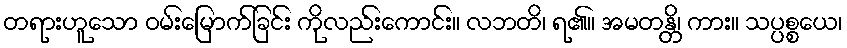
တရားဟူသော ဝမ်းမြောက်ခြင်း ကိုလည်းကောင်း။ လဘတိ၊ ရ၏။ အမတန္တိ၊ ကား။ သပ္ပစ္စယေ၊